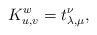
LaTeX: \begin{align*}K_{u,v}^w = t_{\lambda,\mu}^\nu, \end{align*}